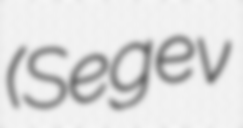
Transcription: (Segev